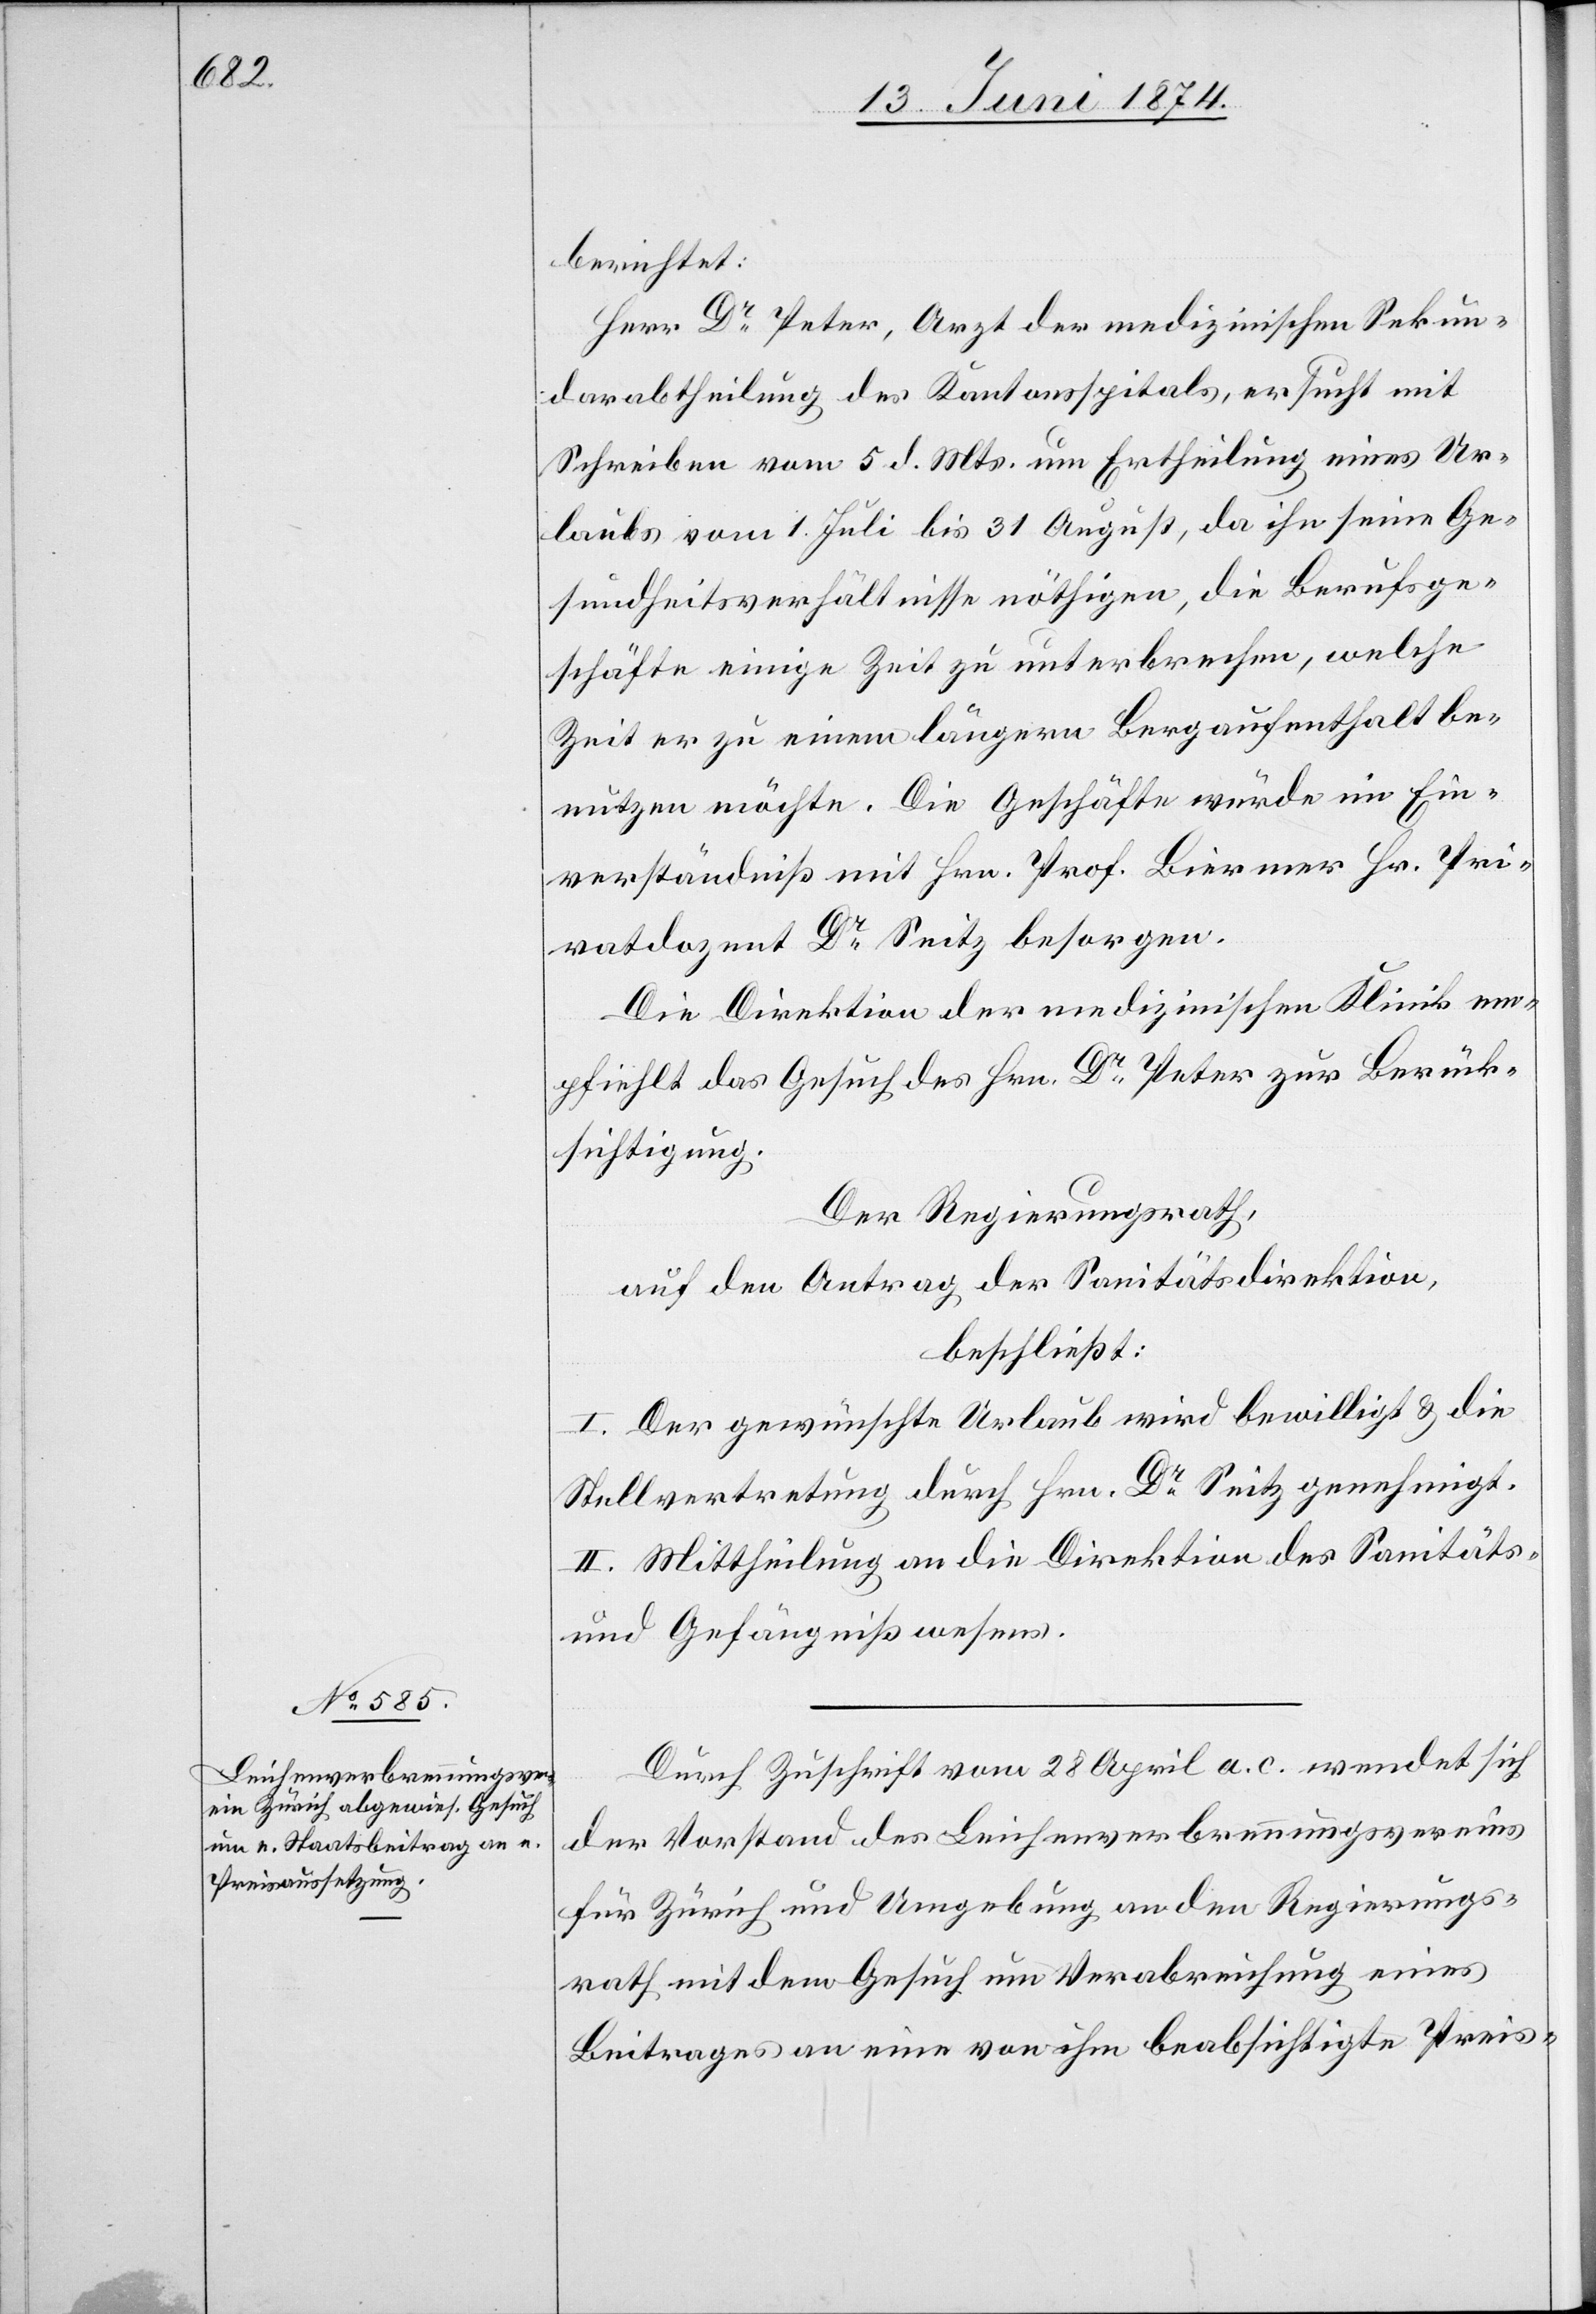
berichtet:
Herr Dr Peter, Arzt der medizinischen Sekun¬
darabtheilung des Kantonsspitals, ersucht mit
Gesundheitsverhältnisse nöthigen, die Berufsge¬
schäfte einige Zeit zu unterbrechen, welche
Zeit er zu einem längern Bergaufenthalt be¬
nützen möchte. Die Geschäfte würde in Ein¬
verständniß mit Hrn. Prof. Biermer Hr. Pri¬
vatdozent Dr Seitz besorgen.
Die Direktion der medizinischen Klinik em¬
pfiehlt das Gesuch des Hrn. Dr Peter zur Berück¬
sichtigung.
Der Regierungsrath,
auf den Antrag der Sanitätsdirektion,
beschließt:
I. Der gewünschte Urlaub wird bewilligt u. die
Stellvertretung durch Hrn. Dr Seitz genehmigt.
II. Mittheilung an die Direktion des Sanitäts-
und Gefängnißwsens.
Durch Zuschrift vom 28. April a. c. wendet sich
der Vorstand des Leichenverbrennungsvereins
für Zürich und Umgebung an den Regierungs¬
rath mit dem Gesuch um Verabreichung eines
Beitrages an eine von ihm beabsichtigte Preis-